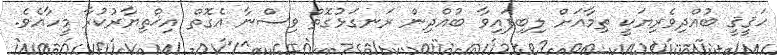
ޙަޤީޤީ ބުއްދިވެރިޔަކީ ތިމާއަށް ލިބިފައިވާ ބުއްދިން ރަނގަޅުގޮތް ވިސްނާ އެގޮތް އިޚްތިޔާރުކުރާ މީހާއެވެ.